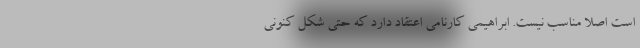
است اصلا مناسب نیست. ابراهیمی کارنامی اعتقاد دارد که حتی شکل کنونی